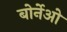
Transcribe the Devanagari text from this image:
बोर्नेओ